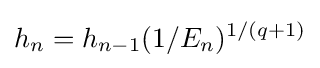
h_{n}=h_{n-1}(1/E_{n})^{1/(q+1)}